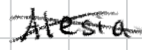
Text: Alesia
Cross-out: cross
Writing tool: digital_black